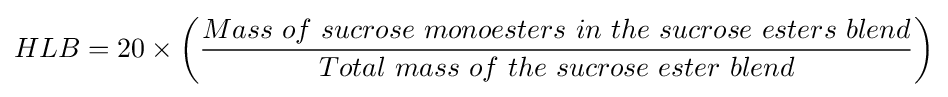
HLB=20\times \left({\frac {Mass\ of\ sucrose\ monoesters\ in\ the\ sucrose\ esters\ blend}{Total\ mass\ of\ the\ sucrose\ ester\ blend}}\right)